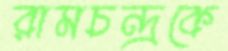
রামচন্দ্রকে